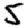
Digit: 5